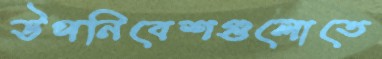
উপনিবেশগুলোতে